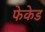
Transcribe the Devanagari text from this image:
फेकेड